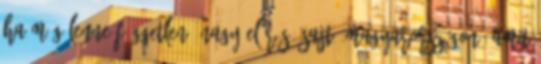
ha még lenne független, nagy elérésű sajtó Magyarországon, amit